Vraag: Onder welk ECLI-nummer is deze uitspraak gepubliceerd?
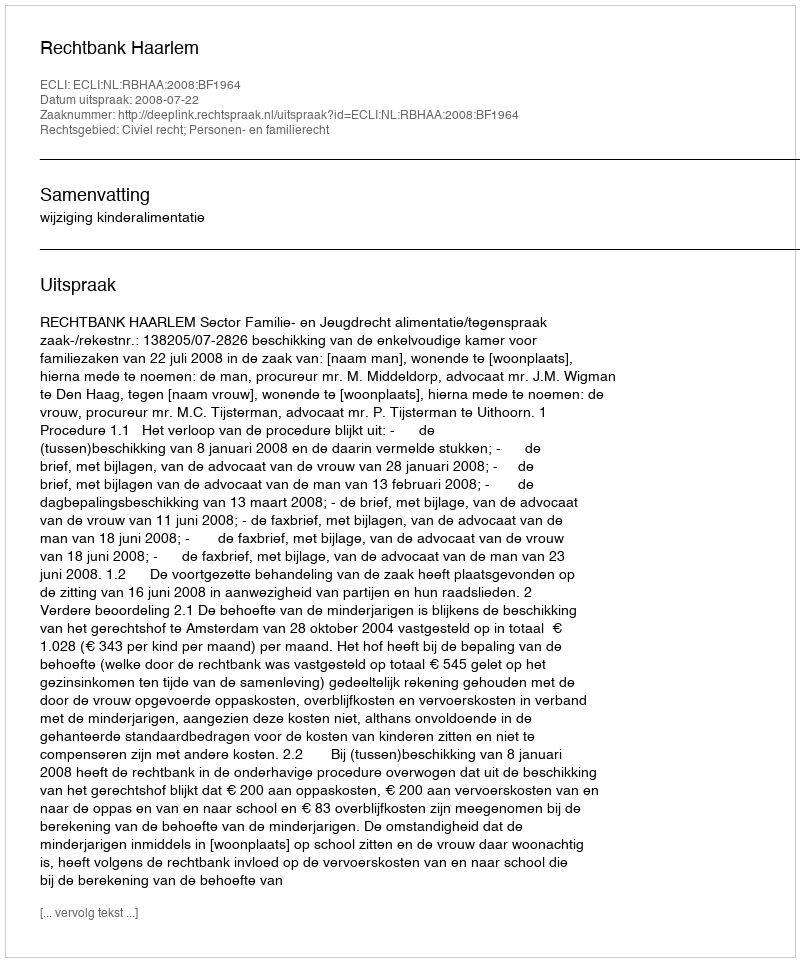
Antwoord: ECLI:NL:RBHAA:2008:BF1964